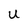
Character: U